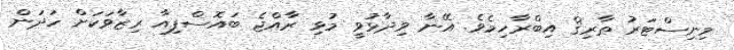
މިނިސްޓަރު ޠާރިޤް އިބްރާހިމެވެ. އޭނާ ވިދާޅުވީ މުޅި ރާއްޖެ ބައޮސްފިއާ ރިޒާވަކަށް ހަދަން